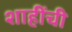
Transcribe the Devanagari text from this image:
शाहींची